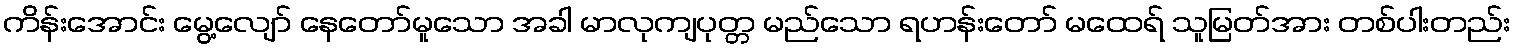
ကိန်းအောင်း မွေ့လျော် နေတော်မူသော အခါ မာလုကျပုတ္တ မည်သော ရဟန်းတော် မထေရ် သူမြတ်အား တစ်ပါးတည်း